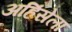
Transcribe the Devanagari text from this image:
अहिंसेला